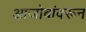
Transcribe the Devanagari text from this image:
आजोबांवरून